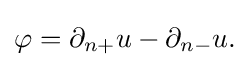
\displaystyle {\varphi =\partial _{n+}u-\partial _{n-}u.}